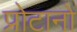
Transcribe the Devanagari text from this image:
प्रोटानो